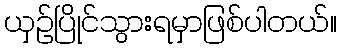
ယှဥ်ပြိုင်သွားရမှာဖြစ်ပါတယ်။